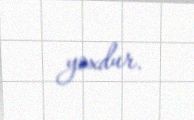
yoxdur.